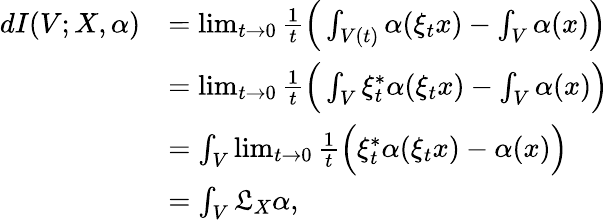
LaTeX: \begin{array}{rl}{dI(V;X,\alpha)}&{=\operatorname*{lim}_{t\to 0}\frac{1}{t}\Big(\int_{V(t)}\alpha(\xi_{t}x)-\int_{V}\alpha(x)\Big)}\\ &{=\operatorname*{lim}_{t\to 0}\frac{1}{t}\Big(\int_{V}\xi_{t}^{\ast}\alpha(\xi_{t}x)-\int_{V}\alpha(x)\Big)}\\ &{=\int_{V}\operatorname*{lim}_{t\to 0}\frac{1}{t}\Big(\xi_{t}^{\ast}\alpha(\xi_{t}x)-\alpha(x)\Big)}\\ &{=\int_{V}\mathfrak{L}_{X}\alpha,}\end{array}